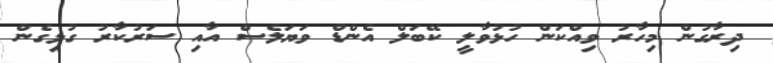
ދިރާގުން މިހާރު ވިއްކަން ހުޅުވާލީ ކޭބަލް އެންޑް ވަޔަލެސް އާއި ސަރުކާރު ގުޅިގެން